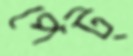
পেট্